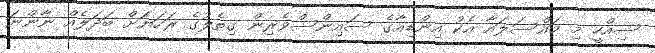
ސިއްހީ މި މައްސަލައާ އެކު އިންޑިއާގެ ސައިންސްވެރިން ގިތެލުގެ ރަހަޔަށް ބަދަލެއް ނާންނަ